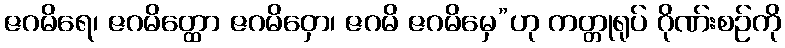
ဇဂမိရေ၊ ဇဂမိတ္ထော ဇဂမိဝှော၊ ဇဂမိ ဇဂမိမှေ”ဟု ကတ္တုရုပ် ဂိုဏ်းစဉ်ကို